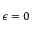
\epsilon = 0